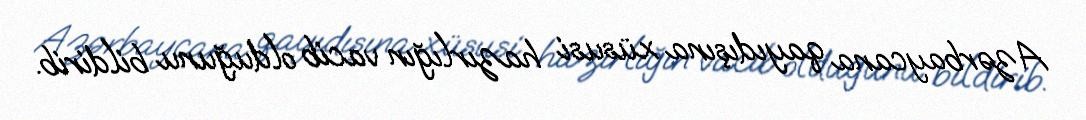
Azərbaycana qayıdışına xüsusi hazırlığın vacib olduğunu bildirib.